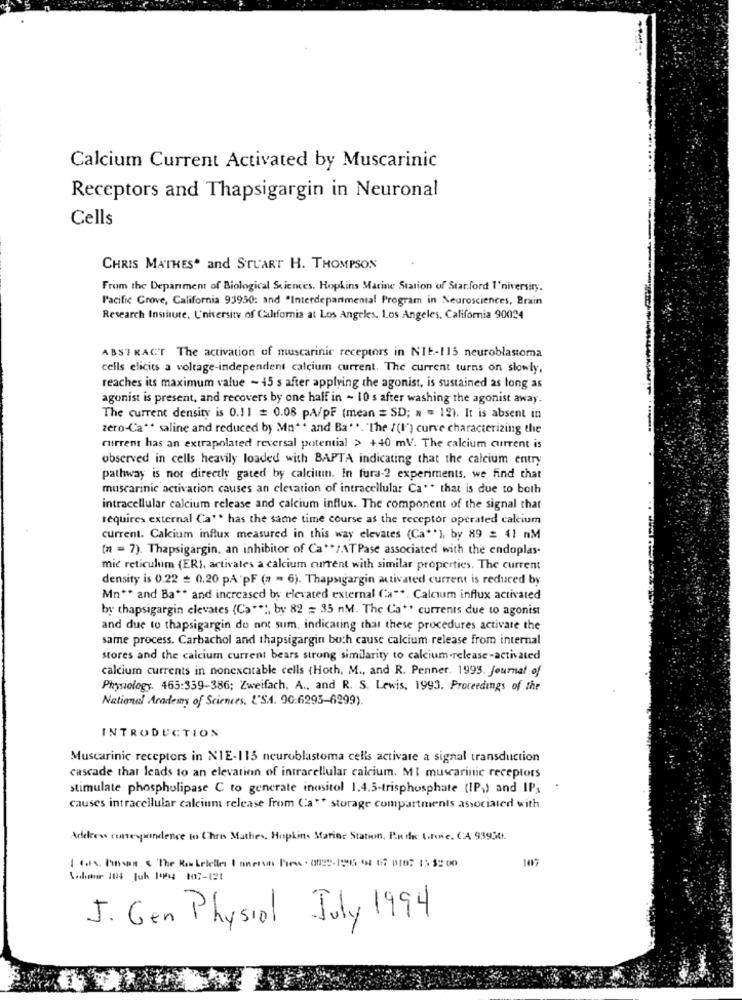
Calcium Current Activated by Muscarinic
Receptors and Thapsigargin in Neuronal
Cells
CHRIS MATHES and STUART H. THOMPSON
From the Department of Biological Sciences. Hopkins Marine Station of Starford I'niversiry.
Pacific Grove, California 93930: and "Interdepartmental Program in Neurosciences, Brain
Research Institute, University of California at Los Angeles. Los Angeles, California 90024
ABSTRACT The activation of muscarinic receptors in NIE-115 neuroblastoma
cells elicits a voltage-independent calcium current. The current turns on slowly,
reaches its maximum value - 15 s after applying the agonist, is sustained as long as
agonist is present, and recovers by one half in - 10 s after washing the agonist away.
The current density is 0.11 = 0.08 pA/pF (mean = SD; = = 12). It is absent in
zero-Ca ** saline and reduced by Mn ** and Ba ... "The / (I") curve characterizing the
current has an extrapolated reversal potential > +40 mV. The calcium current is
observed in cells heavily loaded with BAPTA indicating that the calcium entry
pathway is not directly gated by calcium. In fura-2 experiments. we find that
muscarinic activation causes an elevation of intracellular Ca ** that is due to both
intracellular calcium release and calcium influx. The component of the signal that
requires external Ca"> has the same time course as the receptor operated calcium
current. Calcium influx measured in this way elevates (Ca""), by 89 = 41 nM
(n = 7). Thapsigargin, an inhibitor of Ca ** /ATPase associated with the endoplas.
mic reticulum (ER), activates a calcium current with similar properties. The current
density is 0.22 = 0.20 PÅ pF (a - 6). Thapsigargin activated current is reduced by
Mn ** and Ba ** and increased by elevated external (a" *. Calcium influx activated
by thapsigargin elevates (Ca""", by 82 = 35 nM. The Ca ** currents due to agonist
and due to thapsigargin do not sum, indicating that these procedures activate the
same process. Carbachol and thapsigargin both cause calcium release from internal
stores and the calcium current bears strong similarity to calcium-release-activated
calcium currents in nonexcitable cells (Hoth, M ., and R. Penner. 1993. Journal of
Physiology. 465:359-386; Zweifach. A ., and R. S. Lewis, 1993. Proceedings of the
National Academy of Sciences. {'S.A. 90:6295-6299).
INTRODUCTION
Muscarinic receptors in NIE-115 neuroblastoma cells activate a signal transduction
cascade that leads to an elevation of intracellular calcium. MI muscarinic receptors
stimulate phospholipase C to generate inositol 1.4.5-trisphosphate (IP) and IP;
causes intracellular calcium release from Ca"" storage compartments associated with
Addres ronespendence to Chris Mathes, Hopkin. Marine Station, Podle Une. CA 93950.
107
Wokstar 104 Juk 1994 107-121
J. Gen Physiol July 1994